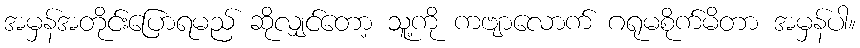
အမှန်အတိုင်းပြောရမည် ဆိုလျှင်တော့ သူ့ကို ကဗျာလောက် ဂရုမစိုက်မိတာ အမှန်ပါ။